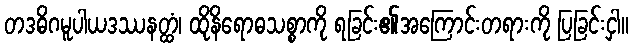
တဒဓိဂမူပါယဒဿနတ္ထံ၊ ထိုနိရောဓသစ္စာကို ရခြင်း၏အကြောင်းတရားကို ပြခြင်းငှါ။